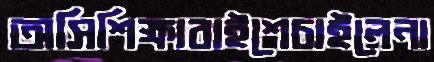
অসিশিক্ষাবাইশেচাইলেনা